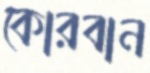
কোরবান